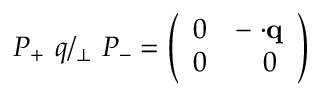
P _ { + } \ q { \slash } _ { \bot } \ P _ { - } = \left( \begin{array} { l l } { { 0 } } & { { - { \bf \sigma } { \cdot } { \bf q } } } \\ { { 0 } } & { { \ \ \ 0 } } \end{array} \right)